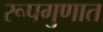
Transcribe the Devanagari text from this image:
रूपगुणात